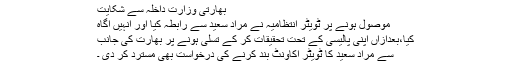
بھارتی وزارت داخلہ سے شکایت
موصول ہونے پر ٹویٹر انتظامیہ نے مراد سعید سے رابطہ کیا اور انہیں آگاہ
کیا،بعدازاں اپنی پالیسی کے تحت تحقیقات کر کے تسلی ہونے پر بھارت کی جانب
سے مراد سعید کا ٹویٹر اکاونٹ بند کرنے کی درخواست بھی مسترد کر دی ۔